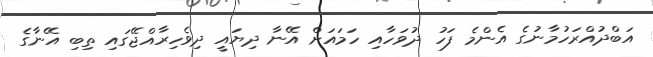
އަބްދުއްރަހުމާނުގެ އެންމެ ފަހު ދުވަހާއި ހަމައަށް އޭނާ ދިޔައީ ދިވެހިރާއްޖޭގައި ތިބި އޭނާގެ